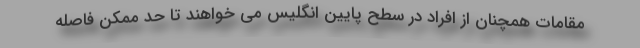
مقامات همچنان از افراد در سطح پایین انگلیس می خواهند تا حد ممکن فاصله